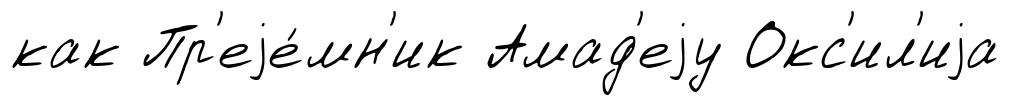
как Пр'еjе́мн'ик Амад'еjу Окс'ил'иjа